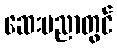
ဆေးပညာတွင်